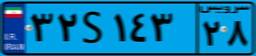
۳۲S۱۴۳۲۸